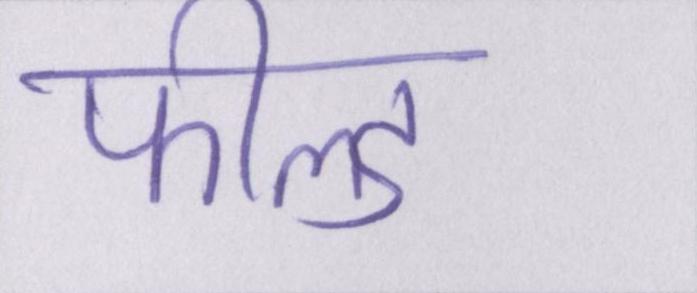
फील्ड